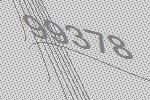
99378